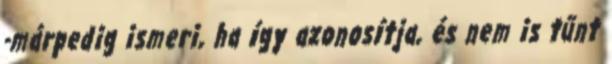
-márpedig ismeri, ha így azonosítja, és nem is tűnt